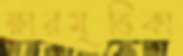
ক্ষারমৃত্তিকা